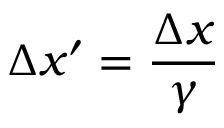
\Delta x ^ { \prime } = { \frac { \Delta x } { \gamma } }